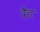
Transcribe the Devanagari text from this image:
दैत